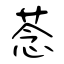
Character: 菍